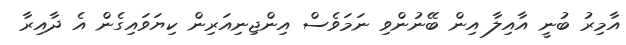
އާމިރު ބުނީ އާއިލާ އިން ބޭނުންވި ނަމަވެސް އިންޖިނިއަރިން ކިޔަވައިގެން އެ ދާއިރާ